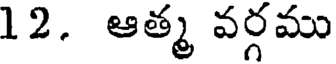
12. ఆత్మ వర్గము